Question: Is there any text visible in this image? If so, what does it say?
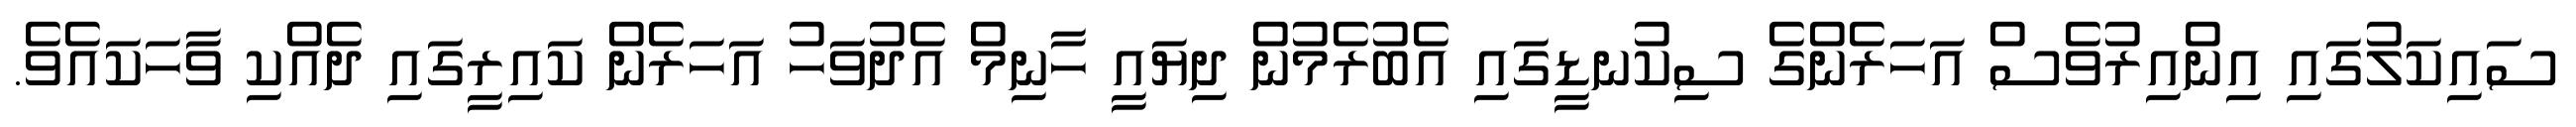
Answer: ސައިކަލުގައި އިންއިރުވެސް އަހަރެންގެ ސިކުނޑީގައި އެބުރެމުން ދިޔައީ ހާނިމް އެދުވަހު އަހަރެން ކައިރީގައި ދެއްކި ވާހަކައެވެ.